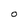
Character: O